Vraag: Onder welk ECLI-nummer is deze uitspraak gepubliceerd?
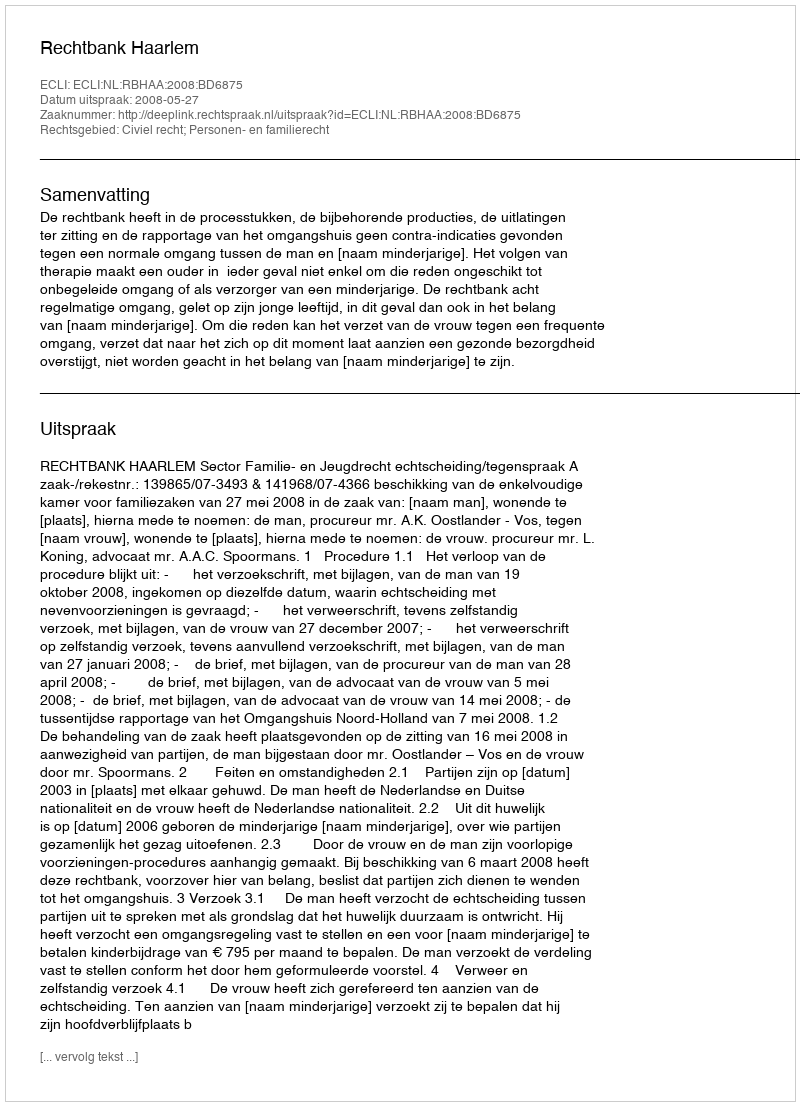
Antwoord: ECLI:NL:RBHAA:2008:BD6875